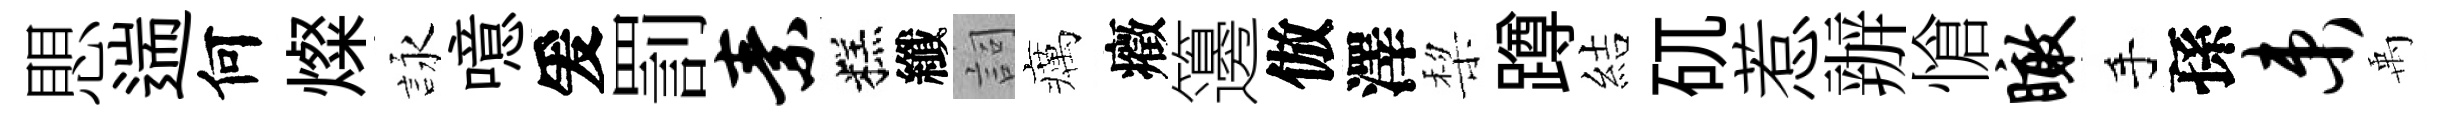
愳遄何燦詠噫爰罰素糕纖詞癘癥籩倣澤棃蹲結矹惹辦愴瞰手孫束禹